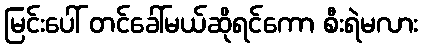
မြင်းပေါ် တင်ခေါ်မယ်ဆိုရင်ကော စီးရဲမလား